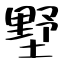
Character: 墅